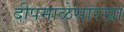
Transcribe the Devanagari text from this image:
दीपमाळेसारखा